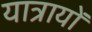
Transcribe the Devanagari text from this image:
यात्रायों